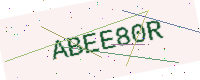
Text: ABEE80R